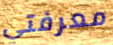
معرفتي